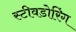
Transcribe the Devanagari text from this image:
स्टीवडोरिंग